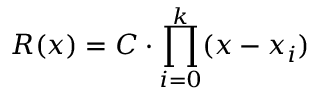
R ( x ) = C \cdot \prod _ { i = 0 } ^ { k } ( x - x _ { i } )